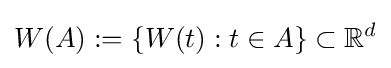
W(A):=\{W(t):t\in A\}\subset \mathbb {R} ^{d}